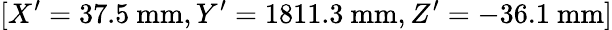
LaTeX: [X^{\prime}=37.5~\textrm{mm},Y^{\prime}=1811.3~\textrm{mm},Z^{\prime}=-36.1~\textrm{mm}]